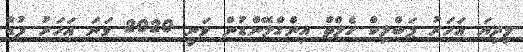
މިދިޔަ އަހަރު ޕަބްލިކް ހެލްތް އިންގްލޭންޑުން ވަނީ 2020 ވަނަ އަހަރު ފުޑް